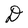
Character: D